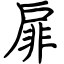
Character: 扉